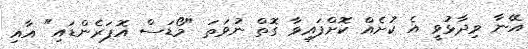
އޭނާ ވިދާޅުވީ އެ ކުށެއް ކޮށްފައިވާ ގޮތް ނުވަތަ "މޯޑަސް އޮޕަރެންޑައި" އާއި